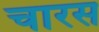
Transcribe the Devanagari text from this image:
चारस